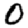
Digit: 0